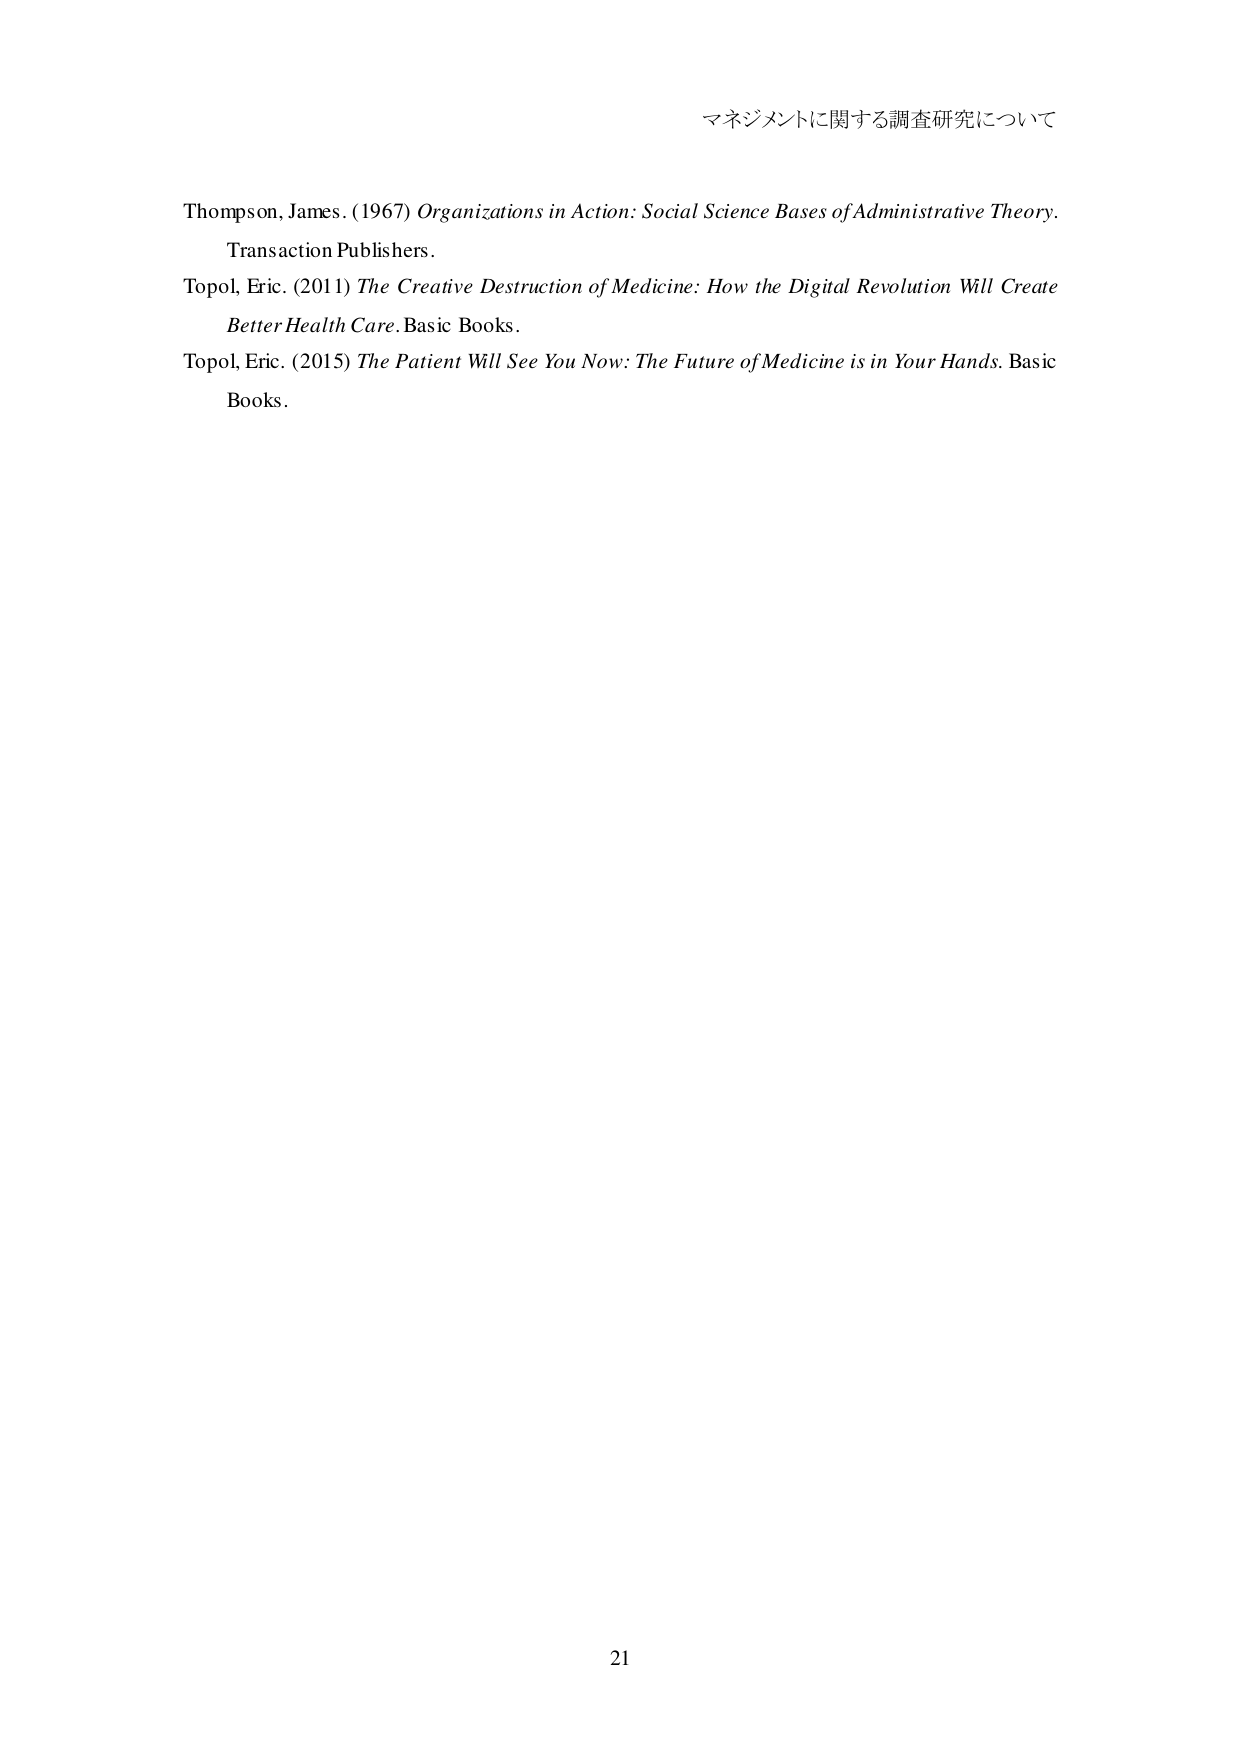
マネジメントに関する調査研究について

Thompson, James. (1967) Organizations in Action: Social Science Bases of Administrative Theory. Transaction Publishers.

Topol, Eric. (2011) The Creative Destruction of Medicine: How the Digital Revolution Will Create Better Health Care. Basic Books.

Topol, Eric. (2015) The Patient Will See You Now: The Future of Medicine is in Your Hands. Basic Books.

21